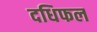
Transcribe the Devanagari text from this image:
दधिफल